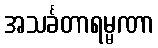
အသင်္ခတာရမ္မဏာ